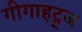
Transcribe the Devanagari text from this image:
गीगाहट्र्ज